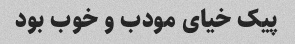
پیک خیای مودب و خوب بود